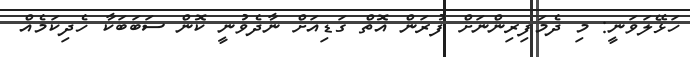
ހަޅޭލަވަނީ: މި ދެމަފިރިންނަށް ފުރަން އޮތް ގަޑިއަށް ނާދެވުނީ ކޮން ސަބަބަކާ ހެދިކަމެއް